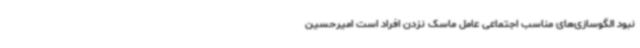
نبود الگوسازی‌های مناسب اجتماعی عامل ماسک نزدن افراد است امیرحسین